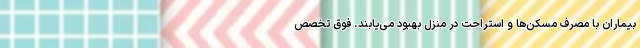
بیماران با مصرف مسکن‌ها و استراحت در منزل بهبود می‌یابند. فوق تخصص